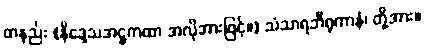
တနည်း (နိဒ္ဒေသအဋ္ဌကထာ အလိုအားဖြင့်။) သံသာရဘီရုကာနံ၊ တို့အား။